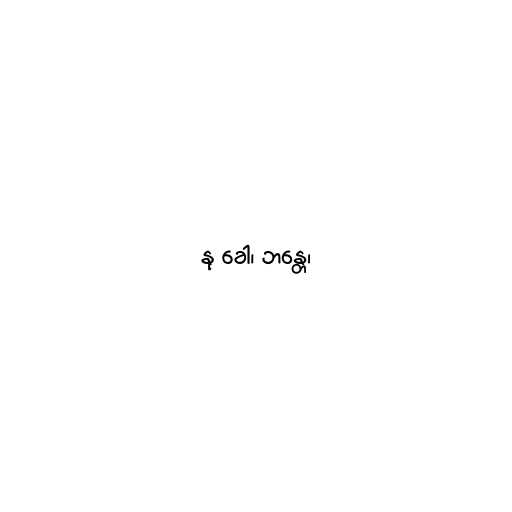
နု ခေါ၊ ဘန္တေ၊